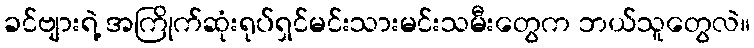
ခင်ဗျားရဲ့ အကြိုက်ဆုံးရုပ်ရှင်မင်းသားမင်းသမီးတွေက ဘယ်သူတွေလဲ။